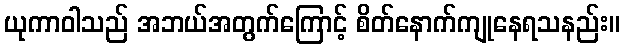
ယုကာဝါသည် အဘယ်အတွက်ကြောင့် စိတ်နောက်ကျုနေရသနည်း။